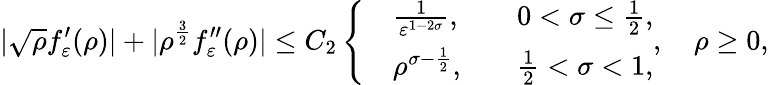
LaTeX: |\sqrt{\rho}f_{\varepsilon}^{\prime}(\rho)|+|\rho^{\frac{3}{2}}f_{\varepsilon}^{\prime\prime}(\rho)|\leq C_{2}\left\{ \begin{array}{rlrl}&{\frac{1}{\varepsilon^{1-2\sigma}},}&&{0<\sigma\leq\frac{1}{2},}\\ &{{\rho^{\sigma-\frac{1}{2}}},}&&{\frac{1}{2}<\sigma<1,}\end{array}\right.,\quad\rho\ge 0,